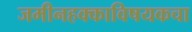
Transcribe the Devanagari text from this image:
जमीनहक्काविषयकचा